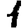
Digit: 1